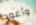
وأعود